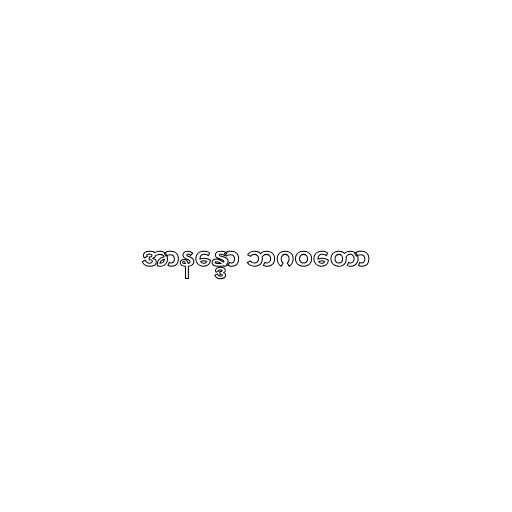
အာနန္ဒော ဘဂဝတော